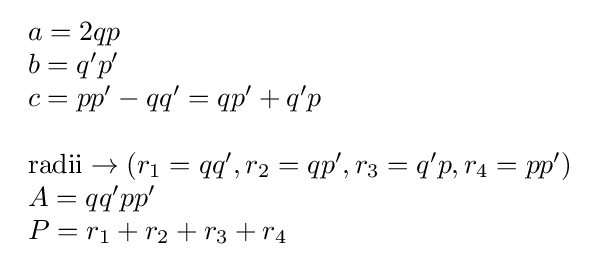
{\begin{array}{l}a=2qp\\b=q'p'\\c=pp'-qq'=qp'+q'p\\\\{\text{radii}}\to (r_{1}=qq',r_{2}=qp',r_{3}=q'p,r_{4}=pp')\\A=qq'pp'\\P=r_{1}+r_{2}+r_{3}+r_{4}\end{array}}